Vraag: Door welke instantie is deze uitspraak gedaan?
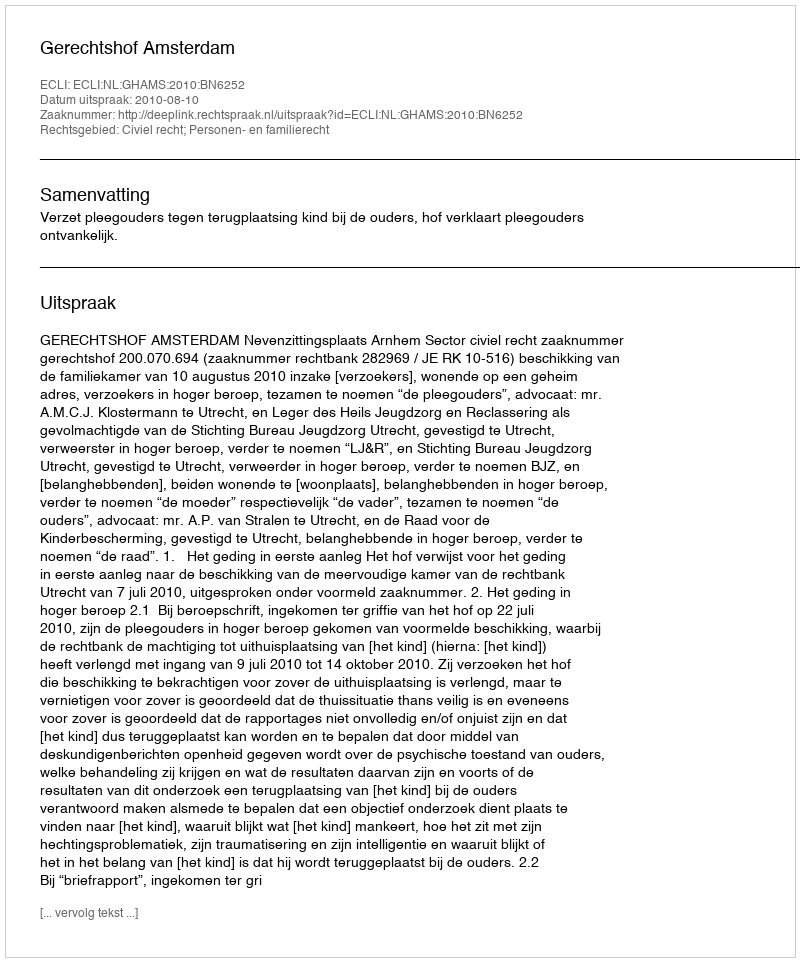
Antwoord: Gerechtshof Amsterdam